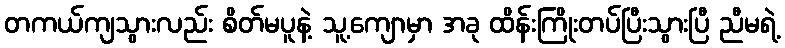
တကယ်ကျသွားလည်း စိတ်မပူနဲ့ သူ့ကျောမှာ အခု ထိန်းကြိုးတပ်ပြီးသွားပြီ ညီမရဲ့